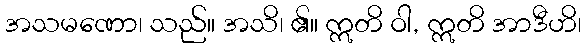
အသမဏော၊ သည်။ အသိ၊ ၏။ ဣတိ ဝါ, ဣတိ အာဒီဟိ၊